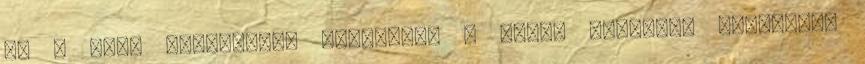
Ez a sok, boltunkban megrende. A magas minőségű "Charming